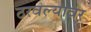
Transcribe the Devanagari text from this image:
ठरवल्यावर